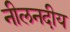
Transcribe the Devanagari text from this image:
नीलनदीय